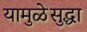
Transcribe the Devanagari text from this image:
यामुळेसुद्धा